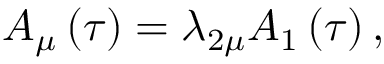
A _ { \mu } \left( \tau \right) = \lambda _ { 2 \mu } A _ { 1 } \left( \tau \right) ,